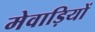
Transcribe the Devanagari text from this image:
मेवाड़ियों